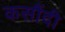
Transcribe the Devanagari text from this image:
कसौंदी